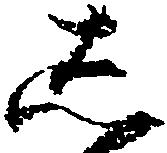
し